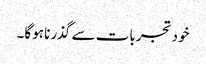
خود تجربات سے گذرنا ہوگا۔